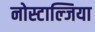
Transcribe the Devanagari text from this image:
नोस्टाल्जिया